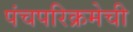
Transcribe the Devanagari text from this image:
पंचपरिक्रमेची